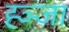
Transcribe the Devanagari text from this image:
ह्ञ्जा